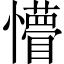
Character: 懵